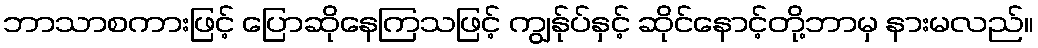
ဘာသာစကားဖြင့် ပြောဆိုနေကြသဖြင့် ကျွန်ုပ်နှင့် ဆိုင်နောင့်တို့ဘာမှ နားမလည်။